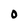
Character: 0